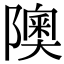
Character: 隩